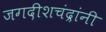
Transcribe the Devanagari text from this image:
जगदीशचंद्रांनी